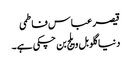
قیصر عباس فاطمی
دنیا گلوبل ویلج بن چکی ہے۔